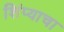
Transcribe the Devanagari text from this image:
शिंप्याचा